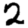
Digit: 2